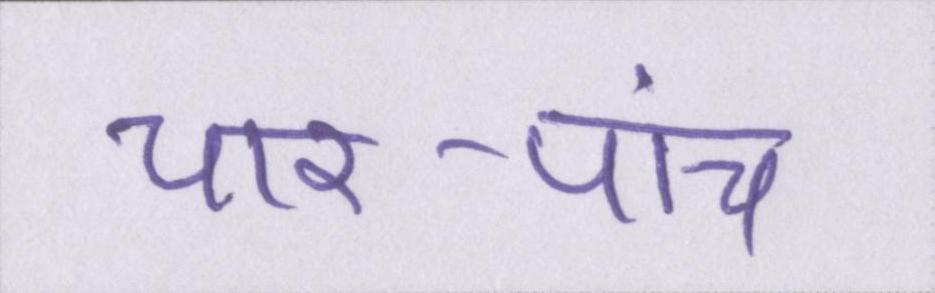
चार-पांच